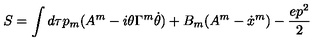
S = \int d \tau p _ { m } ( A ^ { m } - i \theta \Gamma ^ { m } \dot { \theta } ) + B _ { m } ( A ^ { m } - \dot { x } ^ { m } ) - \frac { e p ^ { 2 } } { 2 }